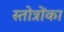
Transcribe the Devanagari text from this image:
स्तोत्रोंका